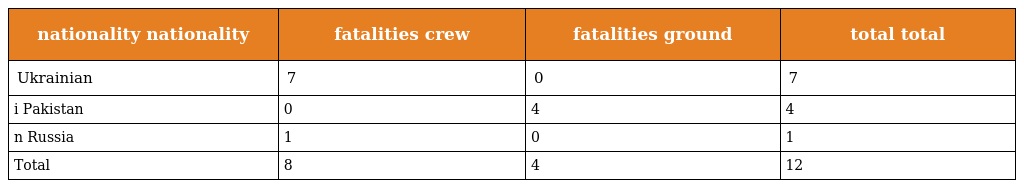
| nationality nationality | fatalities crew | fatalities ground | total total |
 | --- | --- | --- | --- |
 | Ukrainian | 7 | 0 | 7 |
 | i Pakistan | 0 | 4 | 4 |
 | n Russia | 1 | 0 | 1 |
 | Total | 8 | 4 | 12 |